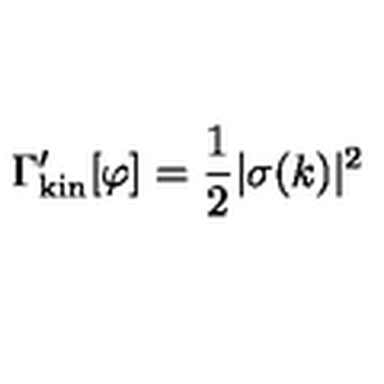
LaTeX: \Gamma _ { \mathrm { k i n } } ^ { \prime } [ \varphi ] = { \frac { 1 } { 2 } } | \sigma ( k ) | ^ { 2 }